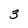
Character: 3